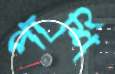
পার্শি